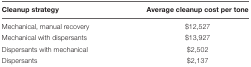
<table><thead><tr><td><b>Cleanup strategy</b></td><td><b>Average cleanup cost per tone</b></td></tr></thead><tbody><tr><td>Mechanical, manual recovery</td><td>$12,527</td></tr><tr><td>Mechanical with dispersants</td><td>$13,927</td></tr><tr><td>Dispersants with mechanical</td><td>$2,502</td></tr><tr><td>Dispersants</td><td>$2,137</td></tr></tbody></table>